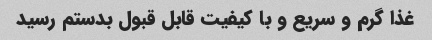
غذا گرم و سریع و با کیفیت قابل قبول بدستم رسید